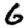
Digit: 6